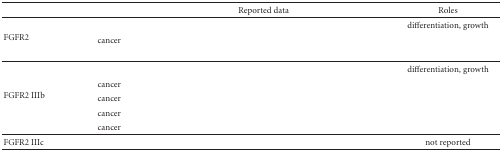
<table><thead><tr><td>[EMPTY_CELL]</td><td>[EMPTY_CELL]</td><td><b>Reported data</b></td><td><b>Roles</b></td></tr></thead><tbody><tr><td rowspan="3">FGFR2</td><td>[EMPTY_CELL]</td><td>[EMPTY_CELL]</td><td>differentiation, growth</td></tr><tr><td>cancer</td><td>[EMPTY_CELL]</td><td>[EMPTY_CELL]</td></tr><tr><td>[EMPTY_CELL]</td><td>[EMPTY_CELL]</td><td>[EMPTY_CELL]</td></tr><tr><td rowspan="5">FGFR2 IIIb</td><td>[EMPTY_CELL]</td><td>[EMPTY_CELL]</td><td>differentiation, growth</td></tr><tr><td>cancer</td><td>[EMPTY_CELL]</td><td>[EMPTY_CELL]</td></tr><tr><td>cancer</td><td>[EMPTY_CELL]</td><td>[EMPTY_CELL]</td></tr><tr><td>cancer</td><td>[EMPTY_CELL]</td><td>[EMPTY_CELL]</td></tr><tr><td>cancer</td><td>[EMPTY_CELL]</td><td>[EMPTY_CELL]</td></tr><tr><td>FGFR2 IIIc</td><td>[EMPTY_CELL]</td><td>[EMPTY_CELL]</td><td>not reported</td></tr></tbody></table>